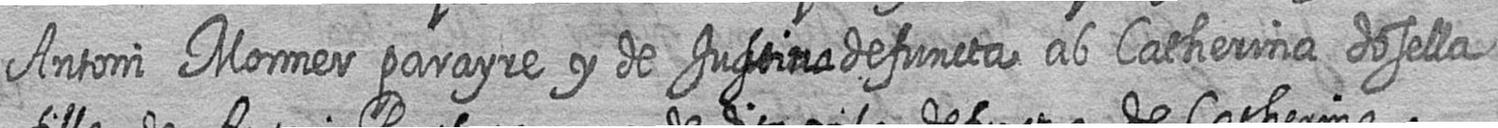
Antoni Monner parayre y de Justina defuncta ab Catherina dosella